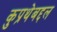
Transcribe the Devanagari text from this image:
कुप्रथेबद्दल